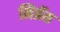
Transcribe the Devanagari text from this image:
मिग्रॅम